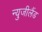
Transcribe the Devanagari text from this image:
न्युजीलैंड